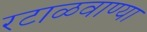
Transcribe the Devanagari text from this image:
रटाळवाण्या